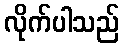
လိုက်ပါသည်